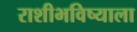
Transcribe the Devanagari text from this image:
राशीभविष्याला